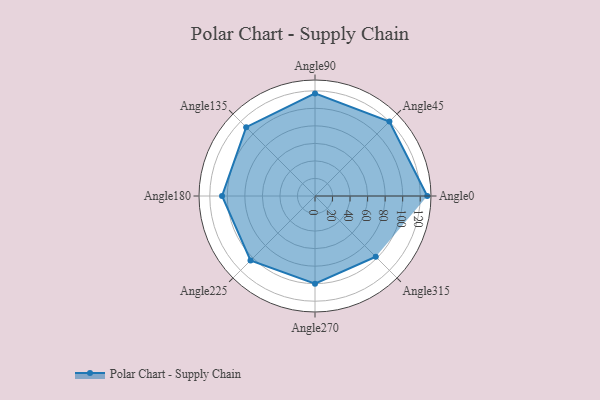
{"axis": {"x": "Angle", "y": "Radius"}, "legend": [""], "data": [{"x": "Angle0", "y": 128.0, "type": ""}, {"x": "Angle45", "y": 120.0, "type": ""}, {"x": "Angle90", "y": 117.0, "type": ""}, {"x": "Angle135", "y": 111.0, "type": ""}, {"x": "Angle180", "y": 106.0, "type": ""}, {"x": "Angle225", "y": 104.0, "type": ""}, {"x": "Angle270", "y": 100.0, "type": ""}, {"x": "Angle315", "y": 98.0, "type": ""}]}